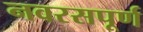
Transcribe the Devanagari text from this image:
नवरसपूर्ण